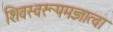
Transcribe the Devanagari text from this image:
शिवस्वरूपमज्ञात्वा